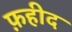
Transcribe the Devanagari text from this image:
फ़हीद